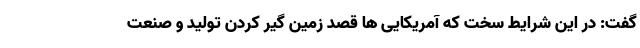
گفت: در این شرایط سخت که آمریکایی ها قصد زمین گیر کردن تولید و صنعت